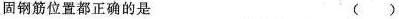
固钢筋位置都正确的是 ()